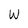
Character: w